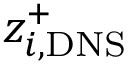
z _ { i , \mathrm { D N S } } ^ { + }